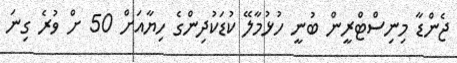
ޖެންޑާ މިނިސްޓްރީން ބުނީ ހުޅުމާލޭ ކުޑަކުދިންގެ ހިޔާއަށް 50 ށް ވުރެ ގިނަ